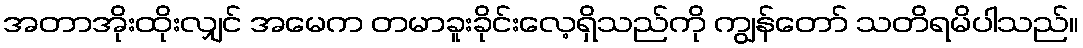
အတာအိုးထိုးလျှင် အမေက တမာခူးခိုင်းလေ့ရှိသည်ကို ကျွန်တော် သတိရမိပါသည်။